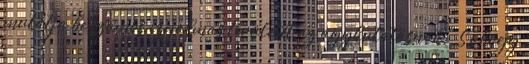
mutatja be számos izgalmas területét az agykutatásnak." S ahogy